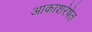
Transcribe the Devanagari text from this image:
आकाशरेषेत